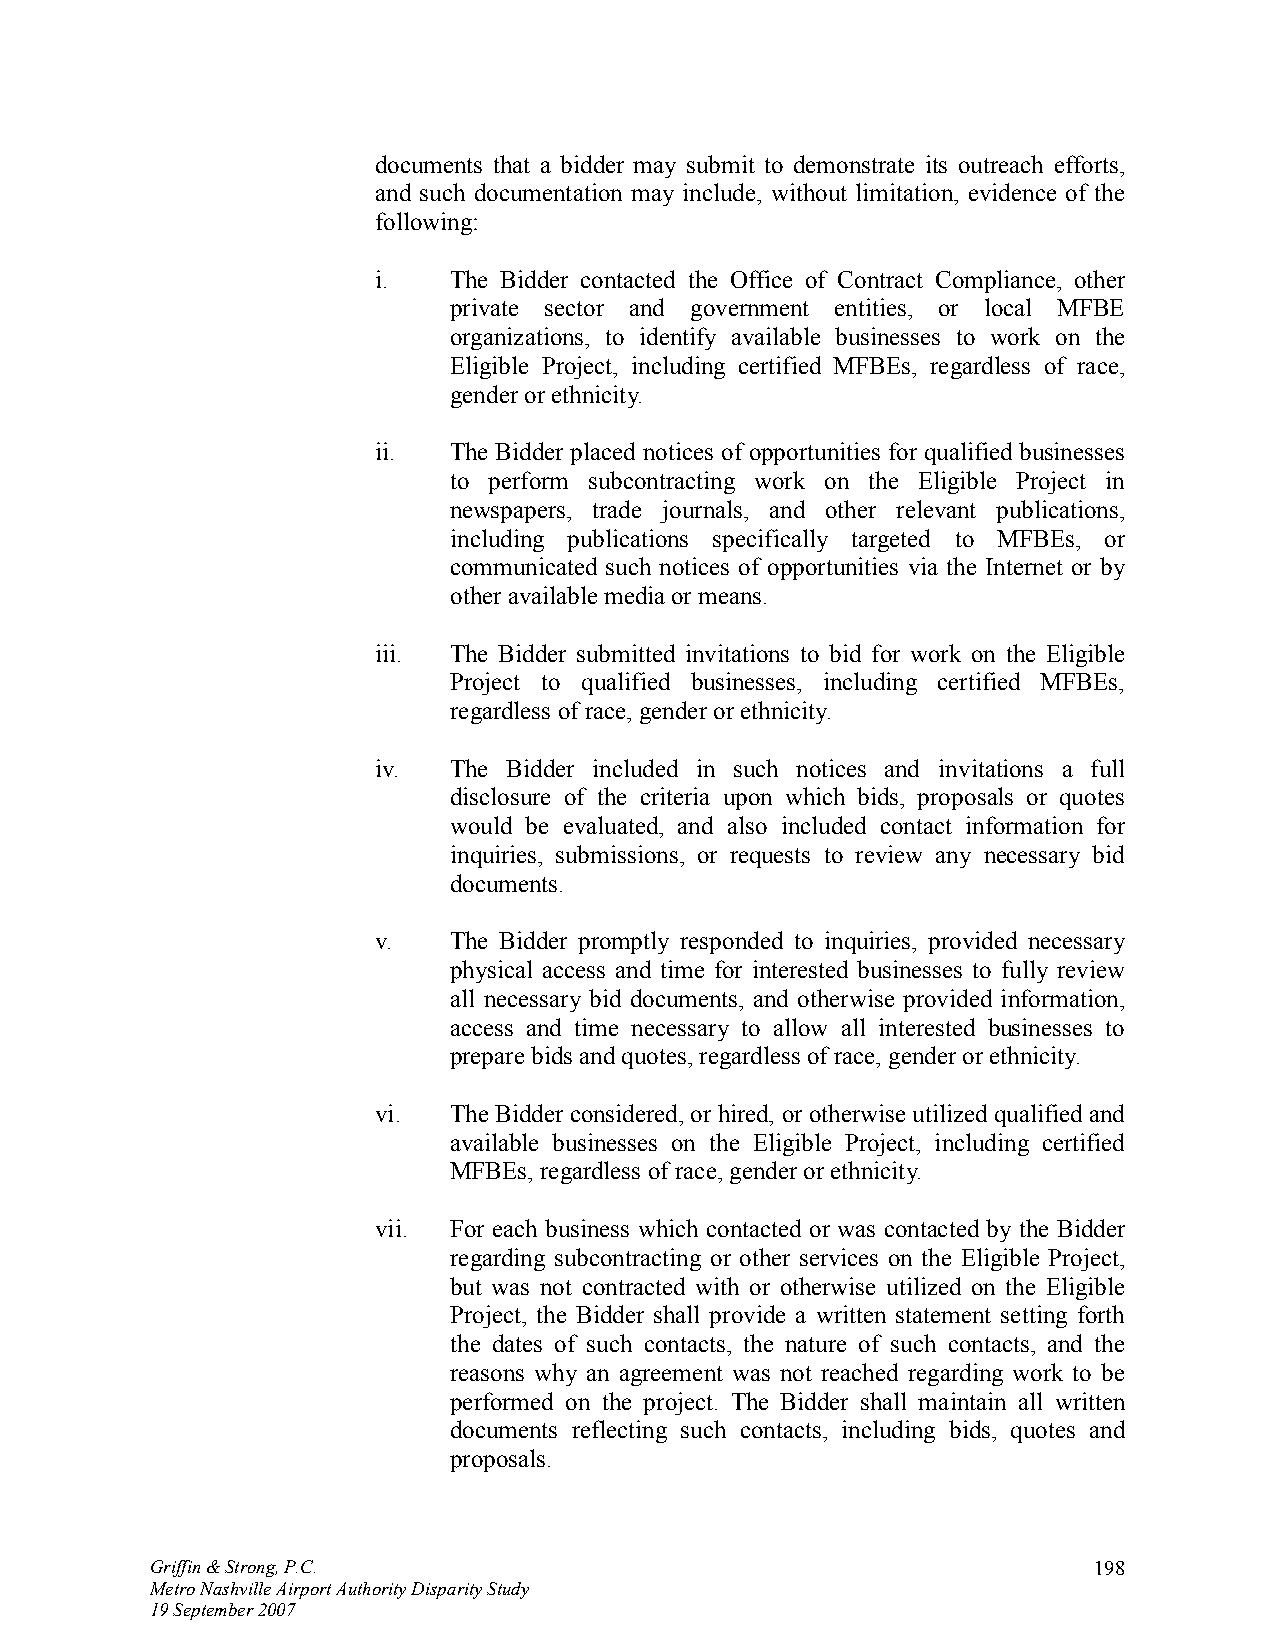
documents that a bidder may submit to demonstrate its outreach efforts,
 and such documentation may include, without limitation, evidence of the
 following:
 i.   The Bidder contacted the Office of Contract Compliance, other
 private sector and government entities, or local MFBE
 organizations, to identify available businesses to work on the
 Eligible Project, including certified MFBEs, regardless of race,
 gender or ethnicity.
 ii.  The Bidder placed notices of opportunities for qualified businesses
 to perform subcontracting work on the Eligible Project in
 newspapers, trade journals, and other relevant publications,
 including publications specifically targeted to MFBEs, or
 communicated such notices of opportunities via the Internet or by
 other available media or means.
 iii. The Bidder submitted invitations to bid for work on the Eligible
 Project to qualified businesses, including certified MFBEs,
 regardless of race, gender or ethnicity.
 iv.  The Bidder included in such notices and invitations a full
 disclosure of the criteria upon which bids, proposals or quotes
 would be evaluated, and also included contact information for
 inquiries, submissions, or requests to review any necessary bid
 documents.
 v.   The Bidder promptly responded to inquiries, provided necessary
 physical access and time for interested businesses to fully review
 all necessary bid documents, and otherwise provided information,
 access and time necessary to allow all interested businesses to
 prepare bids and quotes, regardless of race, gender or ethnicity.
 vi.  The Bidder considered, or hired, or otherwise utilized qualified and
 available businesses on the Eligible Project, including certified
 MFBEs, regardless of race, gender or ethnicity.
 vii. For each business which contacted or was contacted by the Bidder
 regarding subcontracting or other services on the Eligible Project,
 but was not contracted with or otherwise utilized on the Eligible
 Project, the Bidder shall provide a written statement setting forth
 the dates of such contacts, the nature of such contacts, and the
 reasons why an agreement was not reached regarding work to be
 performed on the project. The Bidder shall maintain all written
 documents reflecting such contacts, including bids, quotes and
 proposals.
 Griffin & Strong, P.C.                                        198
 Metro Nashville Airport Authority Disparity Study
 19 September 2007